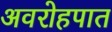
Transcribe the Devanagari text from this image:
अवरोहपात